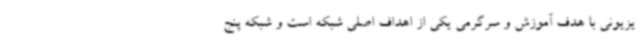
یزیونی با هدف آموزش و سرگرمی یکی از اهداف اصلی شبکه است و شبکه پنج